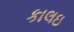
કાલઇ